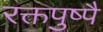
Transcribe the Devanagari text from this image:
रक्तपुष्पै